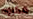
مكروه